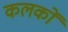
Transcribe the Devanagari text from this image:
कलकों